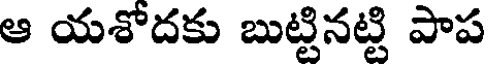
ఆ యశోదకు బుట్టినట్టి పాప